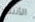
الأنتظار